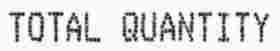
TOTAL QUANTITY